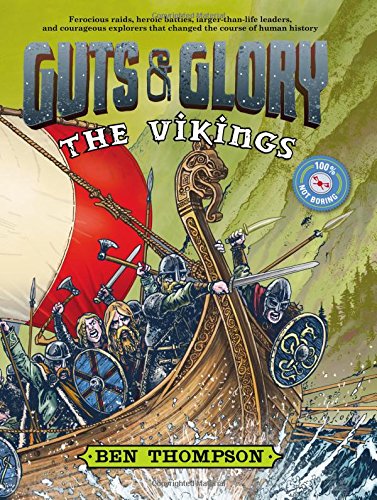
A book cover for Guts & Glory: The Vikings; Ben Thompson; Children's Books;